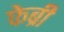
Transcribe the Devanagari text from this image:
फेब्री